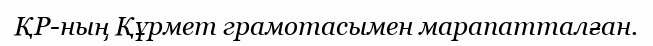
ҚР-ның Құрмет грамотасымен марапатталған.